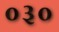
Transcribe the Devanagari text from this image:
०३०